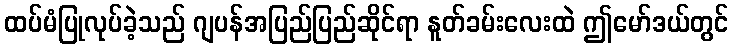
ထပ်မံပြုလုပ်ခဲ့သည် ဂျပန်အပြည်ပြည်ဆိုင်ရာ နူတ်ခမ်းလေးထဲ ဤမော်ဒယ်တွင်